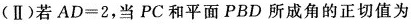
（Ⅱ）若$$AD=2$$，当PC和屏幕PBD所成角的正切值为